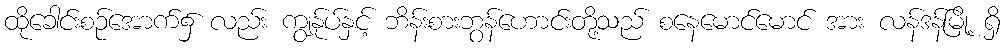
ထိုခေါင်းစဉ်အောက်၌ လည်း ကျွန်ုပ်နှင့် ဘိန်းစားဘွန်ဟောင်းတို့သည် စနေမောင်မောင် အား လန်ဒန်မြို့ ရှိ